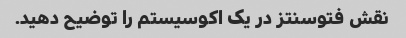
نقش فتوسنتز در یک اکوسیستم را توضیح دهید.